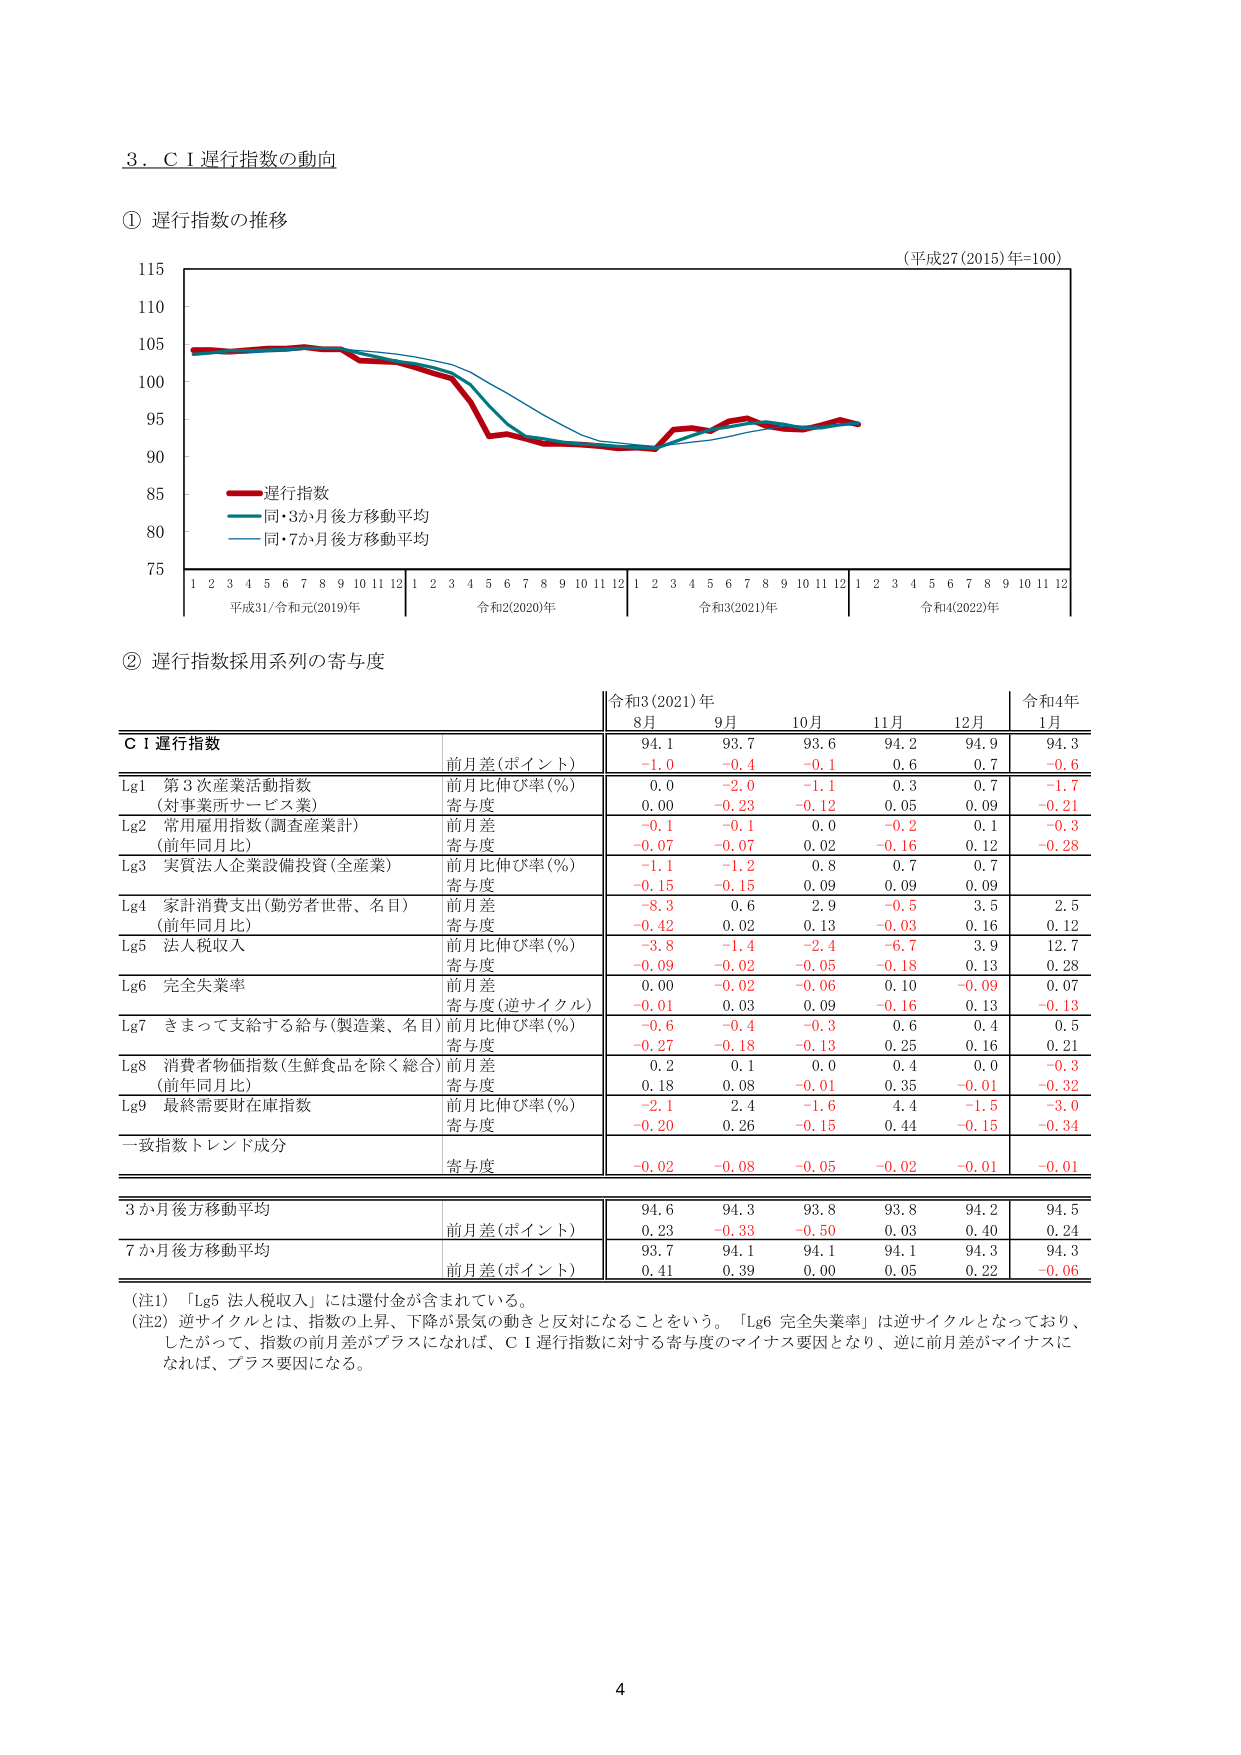
3．ＣＩ遅行指数の動向

① 遅行指数の推移

（平成27(2015)年=100）

115
110
105
100
95
90
85
80
75

遅行指数
同・3か月後方移動平均
同・7か月後方移動平均

1 2 3 4 5 6 7 8 9 10 11 12
平成31/令和元(2019)年

1 2 3 4 5 6 7 8 9 10 11 12
令和2(2020)年

1 2 3 4 5 6 7 8 9 10 11 12
令和3(2021)年

1 2 3 4 5 6 7 8 9 10 11 12
令和4(2022)年

② 遅行指数採用系列の寄与度

令和3(2021)年
8月 9月 10月 11月 12月
令和4年
1月

ＣＩ遅行指数
前月差(ポイント)
94.1 93.7 93.6 94.2 94.9 94.3
-1.0 -0.4 -0.1 0.6 0.7 -0.6

Lg1 第3次産業活動指数
(対事業所サービス業)
前月比伸び率(%)
0.0 -2.0 -1.1 0.3 0.7 -1.7
寄与度
0.00 -0.23 -0.12 0.05 0.09 -0.21

Lg2 常用雇用指数(調査産業計)
(前年同月比)
前月差
-0.1 -0.1 0.0 -0.2 0.1 -0.3
寄与度
-0.07 -0.07 0.02 -0.16 0.12 -0.28

Lg3 実質法人企業設備投資(全産業)
前月比伸び率(%)
-1.1 -1.2 0.8 0.7 0.7
寄与度
-0.15 -0.15 0.09 0.09 0.09

Lg4 家計消費支出(勤労者世帯、名目)
(前年同月比)
前月差
-8.3 0.6 2.9 -0.5 3.5 2.5
寄与度
-0.42 0.02 0.13 -0.03 0.16 0.12

Lg5 法人税収入
前月比伸び率(%)
-3.8 -1.4 -2.4 -6.7 3.9 12.7
寄与度
-0.09 -0.02 -0.05 -0.18 0.13 0.28

Lg6 完全失業率
前月差
0.00 -0.02 -0.06 0.10 -0.09 0.07
寄与度(逆サイクル)
-0.01 0.03 0.09 -0.16 0.13 -0.13

Lg7 きまって支給する給与(製造業、名目)
前月比伸び率(%)
-0.6 -0.4 -0.3 0.6 0.4 0.5
寄与度
-0.27 -0.18 -0.13 0.25 0.16 0.21

Lg8 消費者物価指数(生鮮食品を除く総合)
(前年同月比)
前月差
0.2 0.1 0.0 0.4 0.0 -0.3
寄与度
0.18 0.08 -0.01 0.35 -0.01 -0.32

Lg9 最終需要財在庫指数
前月比伸び率(%)
-2.1 2.4 -1.6 4.4 -1.5 -3.0
寄与度
-0.20 0.26 -0.15 0.44 -0.15 -0.34

一致指数トレンド成分
寄与度
-0.02 -0.08 -0.05 -0.02 -0.01 -0.01

3か月後方移動平均
前月差(ポイント)
94.6 94.3 93.8 93.8 94.2 94.5
0.23 -0.33 -0.50 0.03 0.40 0.24

7か月後方移動平均
前月差(ポイント)
93.7 94.1 94.1 94.1 94.3 94.3
0.41 0.39 0.00 0.05 0.22 -0.06

（注1）「Lg5 法人税収入」には還付金が含まれている。
（注2）逆サイクルとは、指数の上昇、下降が景気の動きと反対になることをいう。「Lg6 完全失業率」は逆サイクルとなっており、
したがって、指数の前月差がプラスになれば、ＣＩ遅行指数に対する寄与度のマイナス要因となり、逆に前月差がマイナスに
なれば、プラス要因になる。

4